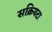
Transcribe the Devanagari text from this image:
सक्रियटा